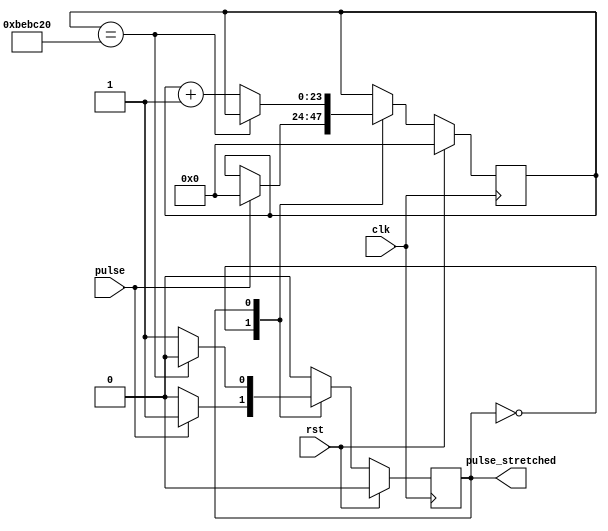
//
// Copyright 2017 Ettus Research, a National Instruments Company
//
// SPDX-License-Identifier: LGPL-3.0-or-later
//
// Module:  pulse_stretch
//
// Description:
//
//   Pulse stretcher. Takes any input pulse that is SCALE+2 clock cycles or 
//   less and outputs a pulse that is SCALE+1 clock cycles. However, if an 
//   input pulse is longer than SCALE+2 clock cycles then the output pulse 
//   repeats. If more than one pulse is input within SCALE+2 clock cycles then 
//   additional pulses will be ignored.
//
// Examples (SCALE = 2):
//
//   Clock            _/\_/\_/\_/\_/\_/\_/\_/\_/\_/\_/\_/\_/\_/\_
//
//
//   pulse            _/\_______________/\___________________
//
//   pulse_stretched  _____/\_______/\___________________
//
//
//   pulse            _/\___________________________________
//
//   pulse_stretched  _____/\___/\_______________________
//
//
//   pulse            _/\_______/\___/\_______/\_______________
//
//   pulse_stretched  _____/\_______/\___/\___

// Parameters:
//
//   SCALE : The number of clock cycles to add to a single cycle pulse. Or, the
//           number of clock cycles, minus 1, for the output pulse.
//

module pulse_stretch #(
  parameter SCALE = 64'd12_500_000
)(
  input clk,
  input rst,
  input pulse,
  output pulse_stretched
);

  reg [$clog2(SCALE+1)-1:0] count = 'd0;
  reg             state = 1'b0;

  always @ (posedge clk)
    if (rst) begin
      state <= 1'b0;
      count <= 'd0;
    end
    else begin
      case (state)

      1'b0: begin
        if (pulse) begin
          state <= 1'b1;
          count <= 'd0;
        end
      end

      1'b1: begin
        if (count == SCALE)
          state <= 1'b0;
        else
          count <= count + 1'b1;
      end
      endcase
    end

  assign pulse_stretched = (state == 1'b1);

endmodule